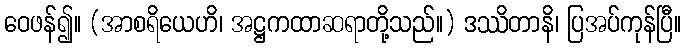
ဝေဖန်၍။ (အာစရိယေဟိ၊ အဋ္ဌကထာဆရာတို့သည်။) ဒဿိတာနိ၊ ပြအပ်ကုန်ပြီ။